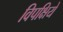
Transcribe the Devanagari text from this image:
विपक्षिये